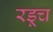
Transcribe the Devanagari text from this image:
रडूच